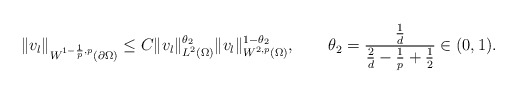
\begin{align*}\|v_{l}\|_{W^{1-\frac{1}{p},p}(\partial\Omega)} \le C\|v_{l}\|_{L^{2}(\Omega)}^{\theta_{2}}\|v_{l}\|_{W^{2,p}(\Omega)}^{1-\theta_{2}},\qquad\theta_{2}=\frac{\frac{1}{d}}{\frac{2}{d}-\frac{1}{p}+\frac{1}{2}}\in(0,1).\end{align*}